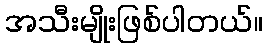
အသီးမျိုးဖြစ်ပါတယ်။